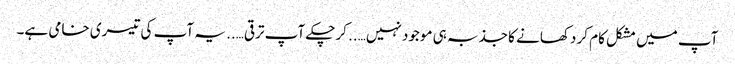
آپ میں مشکل کام کر دکھانے کا جذبہ ہی موجود نہیں….. کرچکے آپ ترقی….. یہ آپ کی تیسری خامی ہے۔